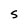
Character: S